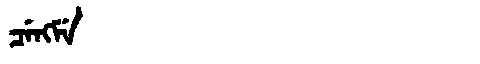
Manchu: ᠴᡝᠩᠮᡝ
Romanization: CENGME